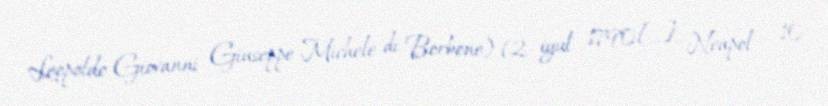
Leopoldo Giovanni Giuseppe Michele di Borbone) (2 iyul 1790[…], Neapol – 10